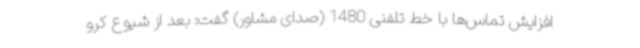
افزایش تماس‌ها با خط تلفنی 1480 (صدای مشاور) گفت: بعد از شیوع کرو